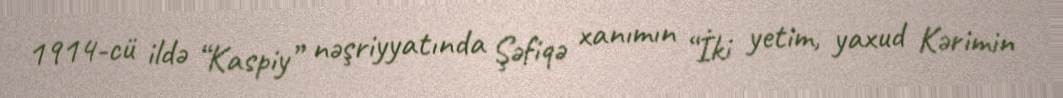
1914-cü ildə “Kaspiy” nəşriyyatında Şəfiqə xanımın “İki yetim, yaxud Kərimin